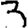
Digit: 3